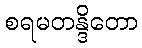
စရမတန္ဒိတော